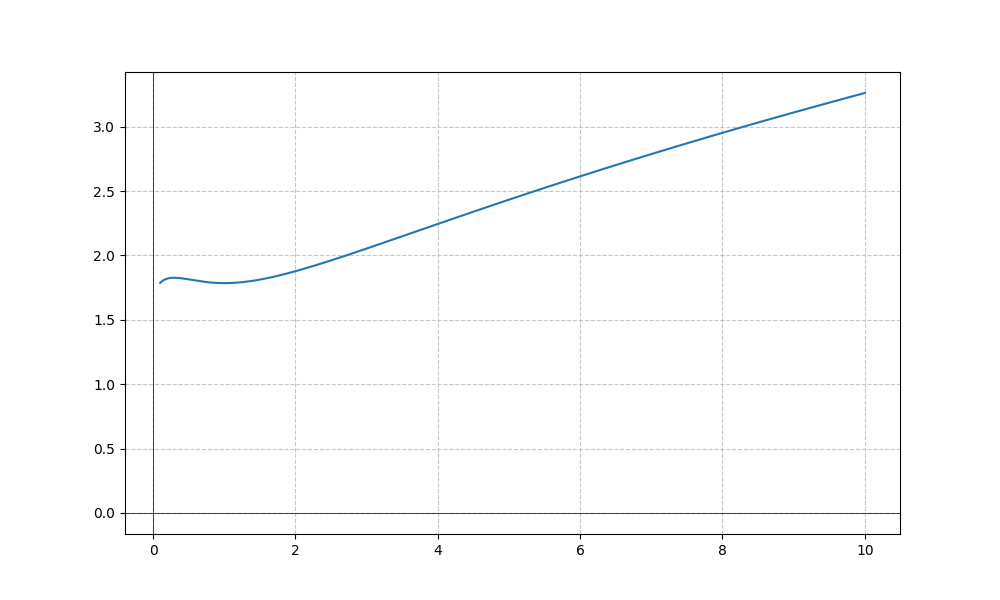
LaTeX formula: \sqrt{x} + \operatorname{acot}{\left(x \right)}